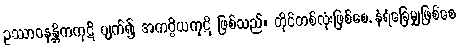
ဥဿာဝနန္တိကကုဋိ ပျက်၍ အကပ္ပိယကုဋိ ဖြစ်သည်။ တိုင်တစ်လုံးဖြစ်စေ, နံရံခြေမျှဖြစ်စေ